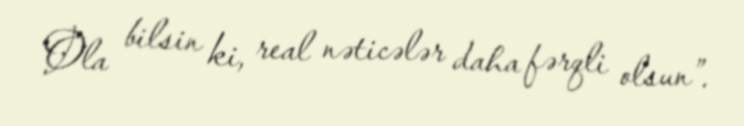
Ola bilsin ki, real nəticələr daha fərqli olsun”.